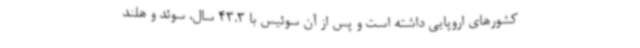
کشورهای اروپایی داشته است و پس از آن سوئیس با 43.3 سال، سوئد و هلند